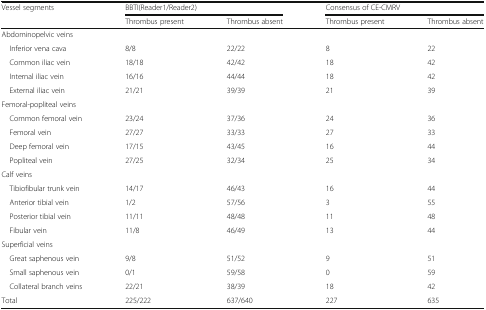
<table><thead><tr><td rowspan="2"><b>Vessel segments</b></td><td colspan="2"><b>BBTI(Reader1/Reader2)</b></td><td colspan="2"><b>Consensus of CE-CMRV</b></td></tr><tr><td><b>Thrombus present</b></td><td><b>Thrombus absent</b></td><td><b>Thrombus present</b></td><td><b>Thrombus absent</b></td></tr></thead><tbody><tr><td colspan="5">Abdominopelvic veins</td></tr><tr><td> Inferior vena cava</td><td>8/8</td><td>22/22</td><td>8</td><td>22</td></tr><tr><td> Common iliac vein</td><td>18/18</td><td>42/42</td><td>18</td><td>42</td></tr><tr><td> Internal iliac vein</td><td>16/16</td><td>44/44</td><td>18</td><td>42</td></tr><tr><td> External iliac vein</td><td>21/21</td><td>39/39</td><td>21</td><td>39</td></tr><tr><td colspan="5">Femoral-popliteal veins</td></tr><tr><td> Common femoral vein</td><td>23/24</td><td>37/36</td><td>24</td><td>36</td></tr><tr><td> Femoral vein</td><td>27/27</td><td>33/33</td><td>27</td><td>33</td></tr><tr><td> Deep femoral vein</td><td>17/15</td><td>43/45</td><td>16</td><td>44</td></tr><tr><td> Popliteal vein</td><td>27/25</td><td>32/34</td><td>25</td><td>34</td></tr><tr><td colspan="5">Calf veins</td></tr><tr><td> Tibiofibular trunk vein</td><td>14/17</td><td>46/43</td><td>16</td><td>44</td></tr><tr><td> Anterior tibial vein</td><td>1/2</td><td>57/56</td><td>3</td><td>55</td></tr><tr><td> Posterior tibial vein</td><td>11/11</td><td>48/48</td><td>11</td><td>48</td></tr><tr><td> Fibular vein</td><td>11/8</td><td>46/49</td><td>13</td><td>44</td></tr><tr><td colspan="5">Superficial veins</td></tr><tr><td> Great saphenous vein</td><td>9/8</td><td>51/52</td><td>9</td><td>51</td></tr><tr><td> Small saphenous vein</td><td>0/1</td><td>59/58</td><td>0</td><td>59</td></tr><tr><td> Collateral branch veins</td><td>22/21</td><td>38/39</td><td>18</td><td>42</td></tr><tr><td>Total</td><td>225/222</td><td>637/640</td><td>227</td><td>635</td></tr></tbody></table>